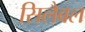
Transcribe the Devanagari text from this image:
सिलैबल